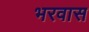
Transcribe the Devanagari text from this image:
भरवास